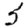
Digit: 5